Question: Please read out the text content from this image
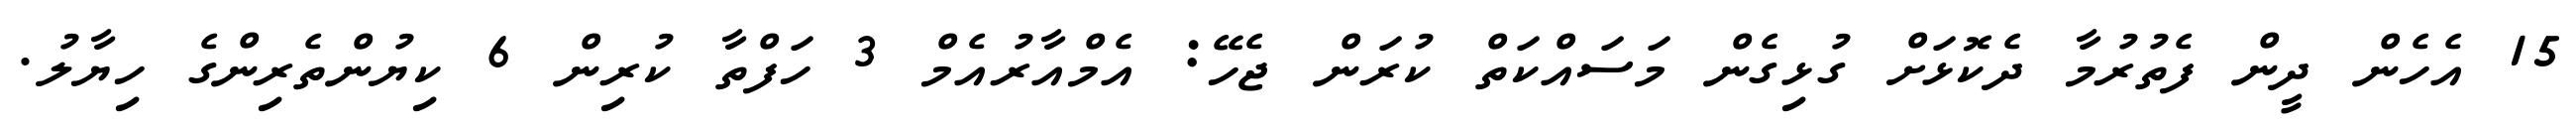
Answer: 15 އެހެން ދީން ފެތުރުމާ ދެކޮޅަށް ގުޅިގެން މަސައްކަތް ކުރަން ޖެހޭ: އެމްއާރުއެމް 3 ހަފްތާ ކުރިން 6 ކިޔުންތެރިންގެ ހިޔާލު.